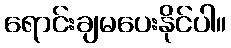
ရောင်းချမပေးနိုင်ပါ။